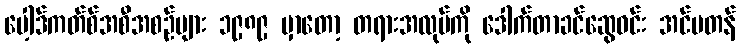
ပေါ့ဒ်ကတ်စ်အစီအစဉ်များ ၁၉၈၉ မှာတော့ တရားအလုပ်ကို ဒေါက်တာခင်ဆွေဝင်း အင်မတန်